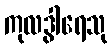
ကုလဒွါရေသု